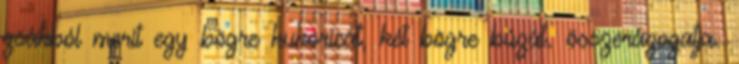
zsákból merít egy bögre kukoricát, két bögre búzát. összerázogatja.